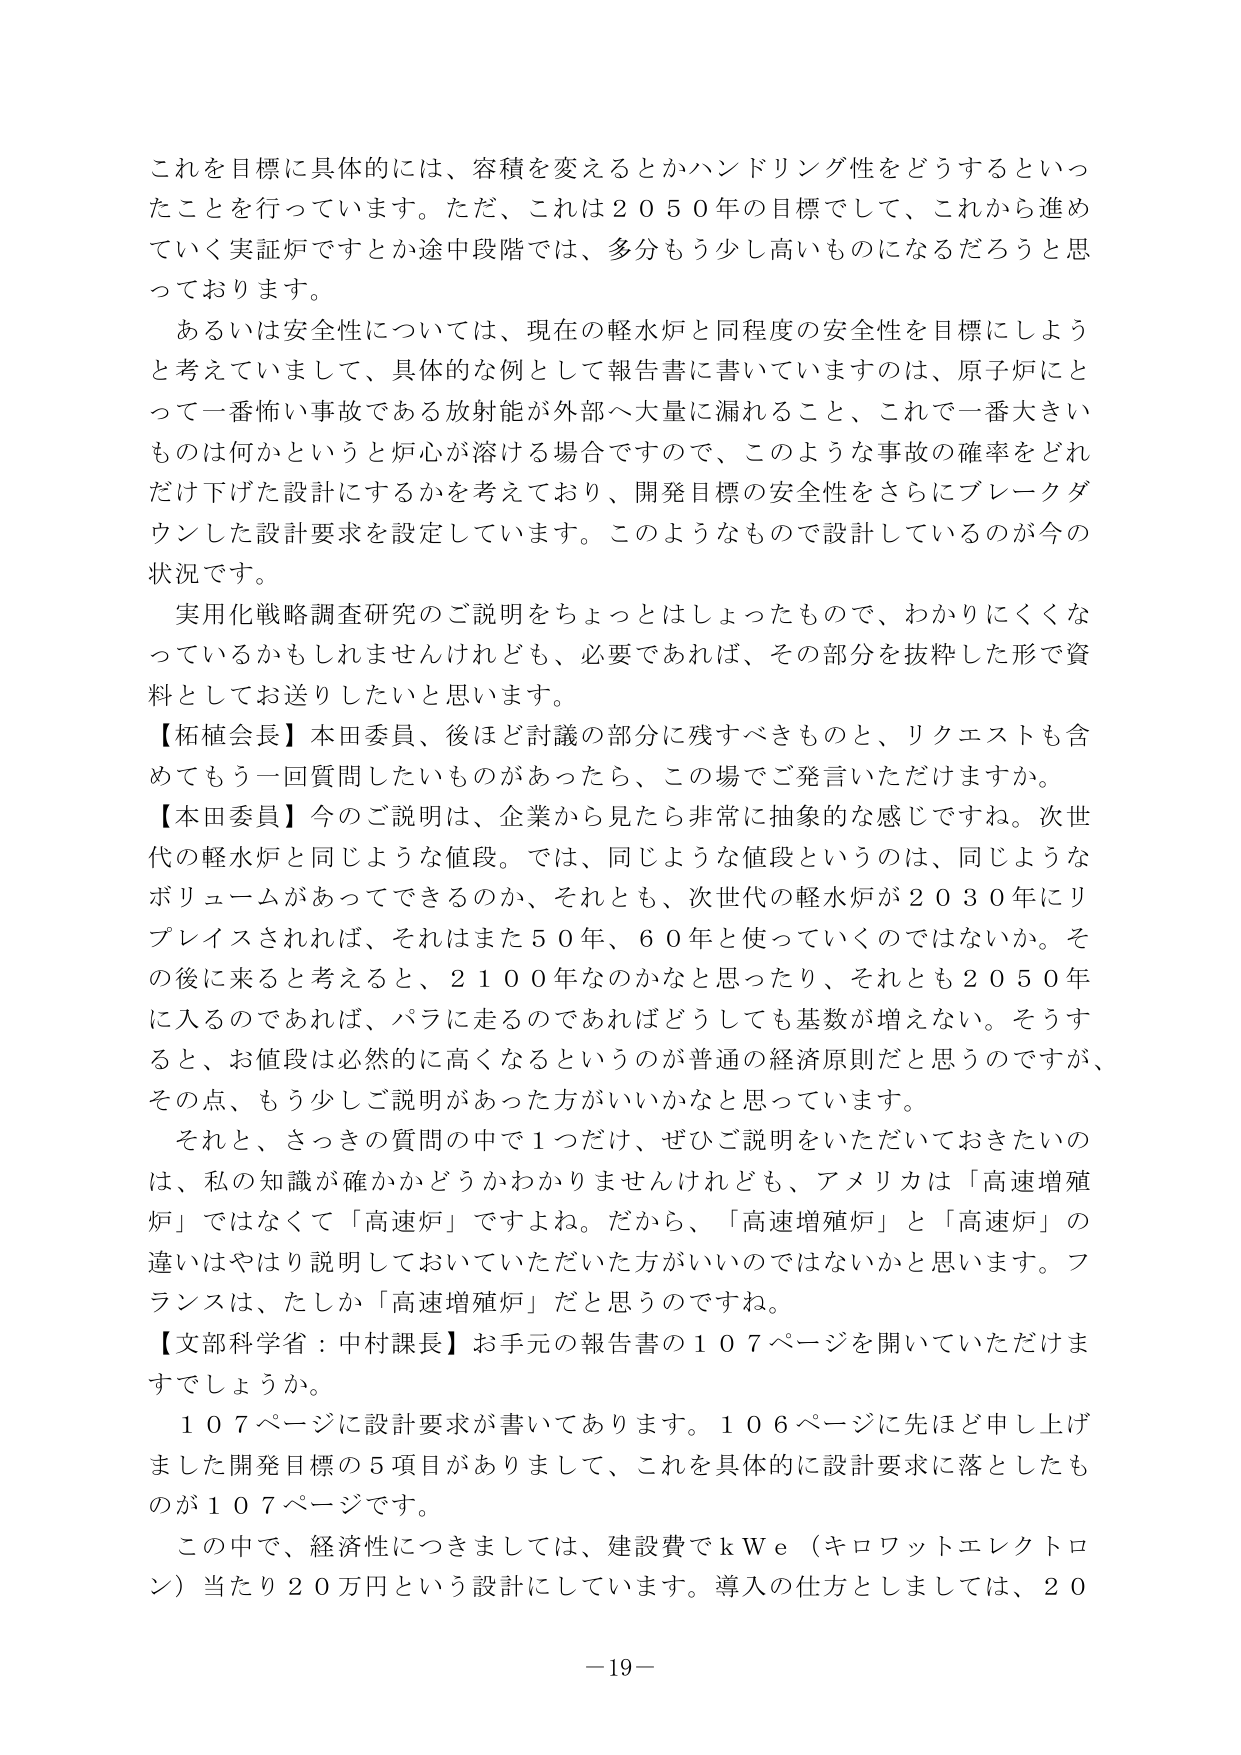
これを目標に具体的には、容積を変えるとかハンドリング性をどうするといったことを行っています。ただ、これは２０５０年の目標として、これから進めていく実証炉ですとか途中段階では、多分もう少し高いものになるだろうと思っております。

あるいは安全性については、現在の軽水炉と同程度の安全性を目標にしようと考えていまして、具体的な例として報告書に書いていますのは、原子炉にとって一番怖い事故である放射能が外部へ大量に漏れること、これで一番大きいものは何かというと炉心が溶ける場合ですので、このような事故の確率をどれだけ下げた設計にするかを考えており、開発目標の安全性をさらにブレーキダウンした設計要求を設定しています。このようなもので設計しているのが今の状況です。

実用化戦略調査研究のご説明をちょっとはしょったもので、わかりにくくなっているかもしれませんけれども、必要であれば、その部分を抜粋した形で資料としてお送りしたいと思います。

【柘植会長】本田委員、後ほど討議の部分に残すべきものと、リクエストも含めてもう一回質問したいものがあったら、この場でご発言いただけますか。

【本田委員】今のご説明は、企業から見たら非常に抽象的な感じですね。次世代の軽水炉と同じような値段。では、同じような値段というのは、同じようなボリュームがあってできるのか、それとも、次世代の軽水炉が２０３０年にリプレイスされれば、それはまた５０年、６０年と使っていくのではないかな。その後に来ると考えると、２１００年なのかなと思ったり、それとも２０５０年に入るのであれば、パラに走るのであればどうしても基数が増えない。そうすると、お値段は必然的に高くなるというのが普通の経済原則だと思うのですが、その点、もう少しご説明があった方がいいかなと思っています。

それと、さっきの質問の中で１つだけ、ぜひご説明をいただいておきたいのは、私の知識が確かかどうかわかりませんけれども、アメリカは「高速増殖炉」ではなくて「高速炉」ですよね。だから、「高速増殖炉」と「高速炉」の違いはやはり説明しておいていただいた方がいいのではないかと思います。フランスは、たしか「高速増殖炉」だと思うのですね。

【文部科学省：中村課長】お手元の報告書の１０７ページを開いていただけますでしょうか。

１０７ページに設計要求が書いてあります。１０６ページに先ほど申し上げました開発目標の５項目がありまして、これを具体的に設計要求に落としたものが１０７ページです。

この中で、経済性につきましては、建設費でｋＷｅ（キロワットエレクトロン）当たり２０万円という設計にしています。導入の仕方としましては、２０

－19－